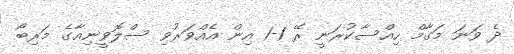
ދެ ވަނަ މަގާމް ހިއްސާކުރަނީ ރޭ 1-1 އިން އެއްވަރުވި ސްލޮވީނިއާގެ މަރިބޯ